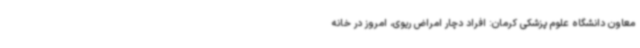
معاون دانشگاه علوم پزشکی کرمان: افراد دچار امراض ریوی، امروز در خانه